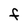
Character: F